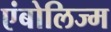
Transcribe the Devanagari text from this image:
एंबोलिज्म